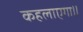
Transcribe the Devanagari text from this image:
कहलाएगा॥